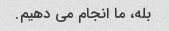
بله، ما انجام می دهیم.